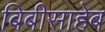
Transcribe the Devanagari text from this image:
बिबीसाहेब